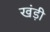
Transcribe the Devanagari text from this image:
खंड़ी